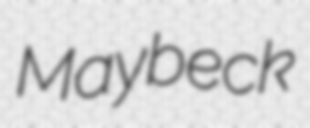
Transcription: Maybeck